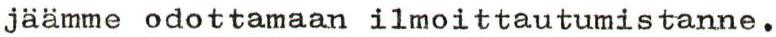
jäämme odottamaan ilmoittautumistanne.